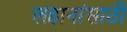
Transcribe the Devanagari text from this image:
लहानांसाठी